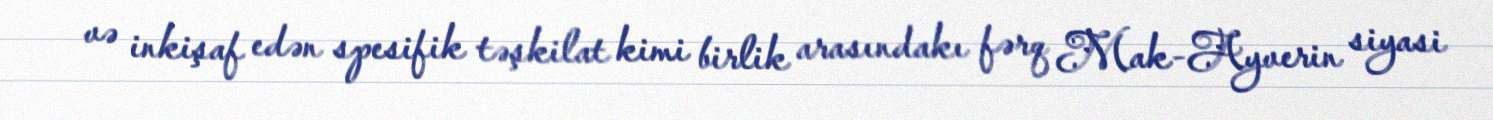
və inkişaf edən spesifik təşkilat kimi birlik arasındakı fərq Mak-Ayverin siyasi